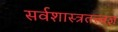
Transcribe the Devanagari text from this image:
सर्वशास्त्रतत्त्वज्ञ